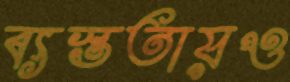
ব্যস্ততায়ও